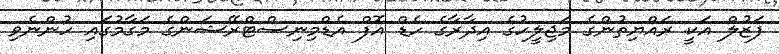
ފަޒުލް އަކީ ރައްޔިތުންގެ މަޖިލީހުގެ އިދާރާގެ ހެޑް އޮފް އެޑްމިނިސްޓްރޭޝަންގެ މަގާމުގައި ހުންނެވި